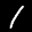
Label: 1